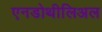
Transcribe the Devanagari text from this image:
एनडोथीलिअल